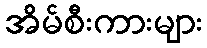
အိမ်စီးကားများ